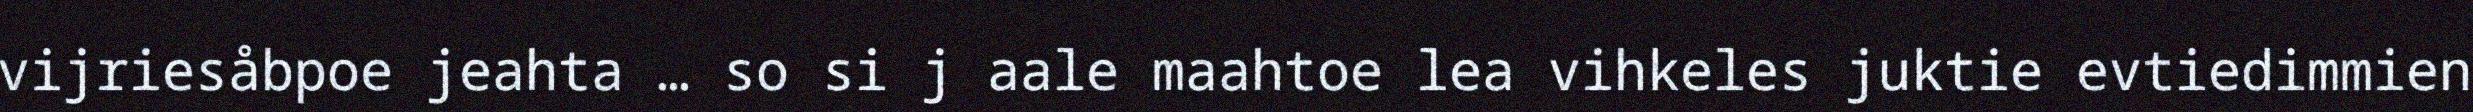
vijriesåbpoe jeahta … so si j aale maahtoe lea vihkeles juktie evtiedimmien